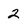
Character: 2